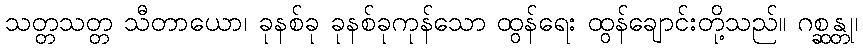
သတ္တသတ္တ သီတာယော၊ ခုနစ်ခု ခုနစ်ခုကုန်သော ထွန်ရေး ထွန်ချောင်းတို့သည်။ ဂစ္ဆန္တု၊